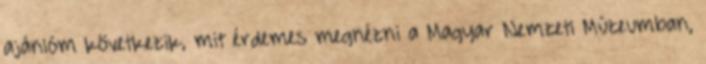
ajánlóm következik, mit érdemes megnézni a Magyar Nemzeti Múzeumban,